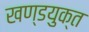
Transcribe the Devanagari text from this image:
खण्डयुक्त